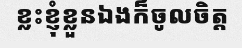
ខ្លះខ្ញុំខ្លួនឯងក៏ចូលចិត្ត